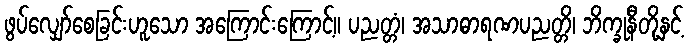
ဖွပ်လျှော်စေခြင်းဟူသော အကြောင်းကြောင့်။ ပညတ္တံ၊ အသာဓာရဏပညတ္တိ၊ ဘိက္ခုနီတို့နှင့်